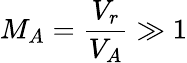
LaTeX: M_{A}=\frac{V_{r}}{V_{A}}\gg 1